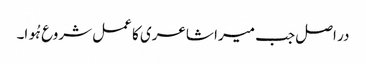
در اصل جب میرا شاعری کا عمل شروع ہُوا۔